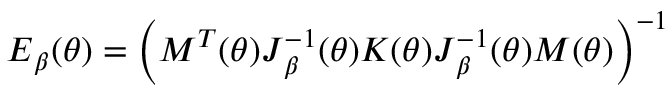
\boldsymbol { E } _ { \beta } ( \boldsymbol { \theta } ) = \left( \boldsymbol { M } ^ { T } ( \boldsymbol { \theta } ) \boldsymbol { J } _ { \beta } ^ { - 1 } ( \boldsymbol { \theta } ) \boldsymbol { K } ( \boldsymbol { \theta } ) \boldsymbol { J } _ { \beta } ^ { - 1 } ( \boldsymbol { \theta } ) \boldsymbol { M } ( \boldsymbol { \theta } ) \right) ^ { - 1 }